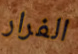
الفرار